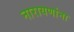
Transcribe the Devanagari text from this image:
नारायणांना